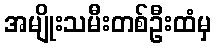
အမျိုးသမီးတစ်ဦးထံမှ